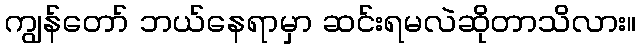
ကျွန်တော် ဘယ်နေရာမှာ ဆင်းရမလဲဆိုတာသိလား။